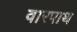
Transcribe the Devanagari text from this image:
वारपाथ